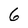
Character: 6